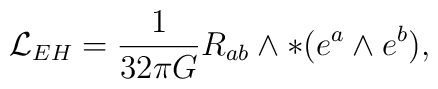
{\cal L}_{EH}=\frac{1}{32\pi G}R_{ab}\wedge\ast(e^a\wedge e^b),